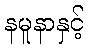
နမူနာနှင့်